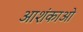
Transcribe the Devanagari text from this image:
आशंकाओ